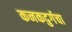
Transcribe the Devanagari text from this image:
कनकदुर्गचा